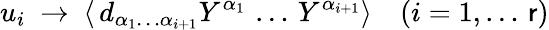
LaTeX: u_{i}~\to~\langle\, d_{\alpha_{1}\dots\alpha_{i+1}}Y^{\alpha_{1}}\, \dots\, Y^{\alpha_{i+1}}\rangle\quad(i=1,\dots\, \mathsf{r})